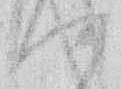
つ